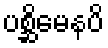
ပစ္ဆိမေနပိ